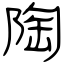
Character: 陶